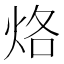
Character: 烙